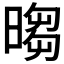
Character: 𣉵